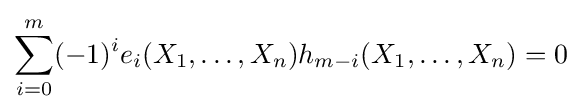
\sum _{i=0}^{m}(-1)^{i}e_{i}(X_{1},\ldots ,X_{n})h_{m-i}(X_{1},\ldots ,X_{n})=0